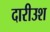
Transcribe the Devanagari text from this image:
दारीउश